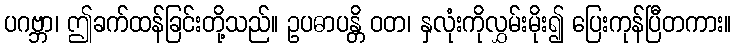
ပဂဗ္ဘာ၊ ဤခက်ထန်ခြင်းတို့သည်။ ဥပဓာပန္တိ ဝတ၊ နှလုံးကိုလွှမ်းမိုး၍ ပြေးကုန်ပြီတကား။